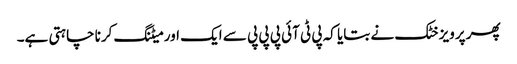
پھر پرویز خٹک نے بتایا کہ پی ٹی آئی پی پی پی سے ایک اور میٹنگ کرنا چاہتی ہے۔